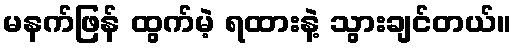
မနက်ဖြန် ထွက်မဲ့ ရထားနဲ့ သွားချင်တယ်။